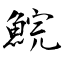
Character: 鯇